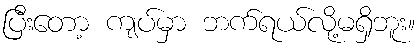
ပြီးတော့ ကျပ်မှာ ဘက်ရယ်လို့မရှိဘူး။